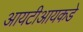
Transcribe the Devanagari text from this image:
आयटीआयकडे